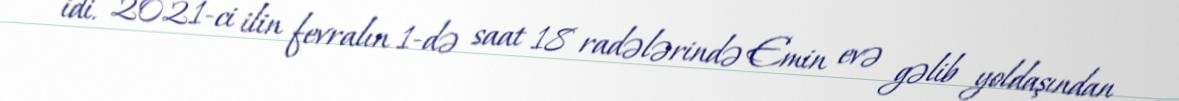
idi. 2021-ci ilin fevralın 1-də saat 18 radələrində Emin evə gəlib yoldaşından